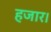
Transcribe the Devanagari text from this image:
हजार।